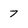
Character: 7